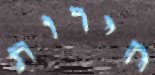
חירות